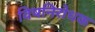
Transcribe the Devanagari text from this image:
विषनिरोधक